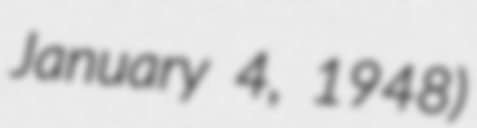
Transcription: January 4, 1948)